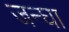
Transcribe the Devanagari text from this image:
जन्घा